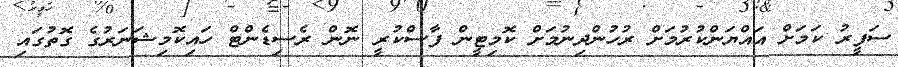
ސަފީރު ކަމަށް އައްޔަންކުރުމަށް ރުހުންދިނުމަށް ކޮމިޓީން ފާސްކުރީ ނޮން ރެސިޑެންޓް ހައިކޮމިޝަނަރުގެ ގޮތުގައި